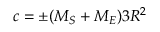
c = \pm ( M _ { S } + M _ { E } ) 3 R ^ { 2 }